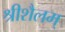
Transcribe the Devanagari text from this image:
श्रीशैलम्